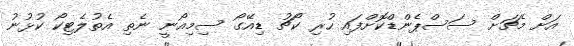
އަށް މެޗަށް ސަސްޕެންޑްކޮށްފައި ހުރި ކޯޗު ޑިއޭގޯ ސިމިއޯނީ ނެތި އެތުލެޓިކޯ ކުޅުނު